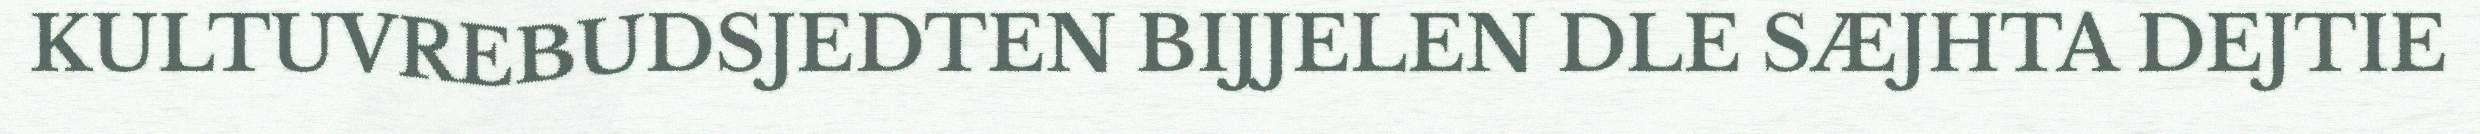
KULTUVREBUDSJEDTEN BIJJELEN DLE SÆJHTA DEJTIE